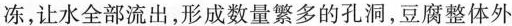
冻，让水全部流出，形成数量繁多的孔洞，豆腐整体外